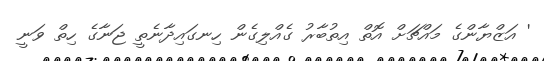
' އަޒްޔާންގެ މައްޗަށް އޮތް އިތުބާރު ގެއްލިގެން ހިނގައިދާނެތީ ޖަނާގެ ހިތް ވަނީ